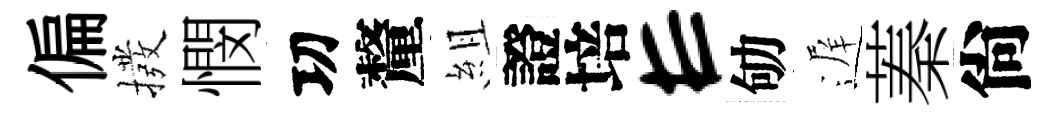
偏撥憫㓛釐組證培E劬遅蓁尙